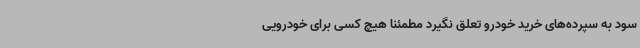
سود به سپرده‌های خرید خودرو تعلق نگیرد مطمئنا هیچ کسی برای خودرویی